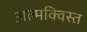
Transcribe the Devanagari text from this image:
अल्मक्विस्त